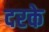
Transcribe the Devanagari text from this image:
दरके